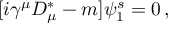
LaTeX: [ i \gamma ^ { \mu } D _ { \mu } ^ { \ast } - m ] \psi _ { 1 } ^ { s } = 0 \, , \,